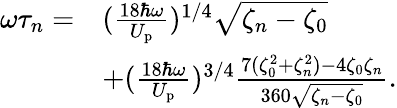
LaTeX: \begin{array}{rl}{\omega\tau_{n}=}&{(\frac{18\hbar\omega}{U_{\mathrm{p}}})^{1/4}{\sqrt{\zeta_{n}-\zeta_{0}}}}\\ &{+(\frac{18\hbar\omega}{U_{\mathrm{p}}})^{3/4}\frac{7(\zeta_{0}^{2}+\zeta_{n}^{2})-4\zeta_{0}\zeta_{n}}{360\sqrt{\zeta_{n}-\zeta_{0}}}.}\end{array}